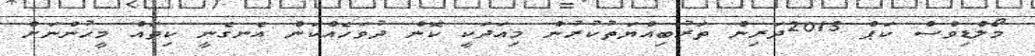
މޯލްޑިވްސް ކަޕް 2015ދަރިން ތަރުބިއްޔަތުކުރުން މިއަދަކީ ކޮން ދުވަހެއްކަން އެނގެނީ ކިތައް މީހުންނަށް